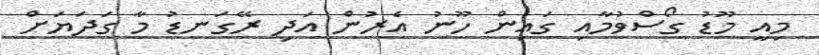
މިއީ މޫޑު ގޯސްވުމާއި ގައިން ހޫނު އެރުން އަދި ރޭގަނޑު މާ ގަދަޔަށް